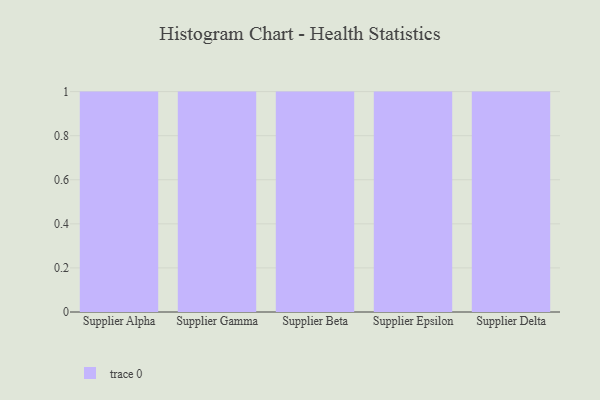
{"axis": {"x": "Supplier", "y": "Conversion Rate (%)"}, "legend": [""], "data": [{"x": "Supplier Alpha", "y": 70, "type": ""}, {"x": "Supplier Gamma", "y": 37, "type": ""}, {"x": "Supplier Beta", "y": 10, "type": ""}, {"x": "Supplier Epsilon", "y": 37, "type": ""}, {"x": "Supplier Delta", "y": 19, "type": ""}]}